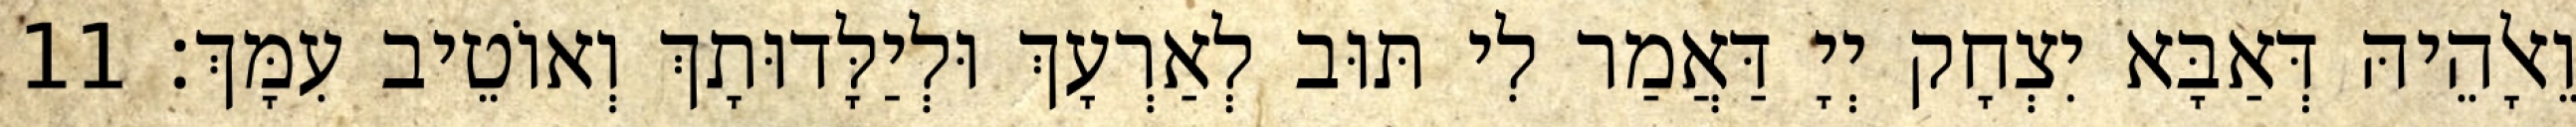
וֵאלָהֵיהּ דְּאַבָּא יִצְחָק יְיָ דַּאֲמַר לִי תּוּב לְאַרְעָךְ וּלְיַלָּדוּתָךְ וְאוֹטֵיב עִמָּךְ׃ 11